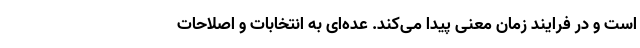
است و در فرایند زمان معنی پیدا می‌کند. عده‌ای به انتخابات و اصلاحات